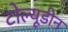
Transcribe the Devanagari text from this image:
टोल्यूडीन